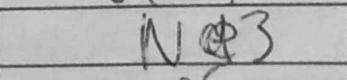
Transcription: Ne3